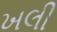
ખલી